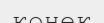
конек